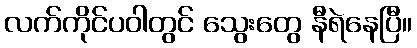
လက်ကိုင်ပဝါတွင် သွေးတွေ နီရဲနေပြီ။